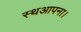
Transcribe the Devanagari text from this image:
स्थआपना।